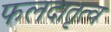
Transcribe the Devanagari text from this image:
फलदातृत्व